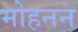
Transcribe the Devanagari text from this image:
मोहनन